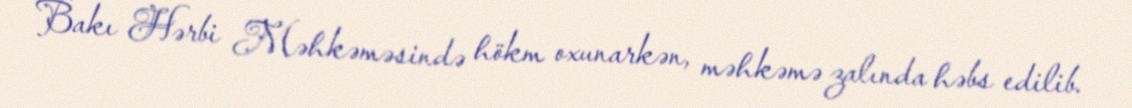
Bakı Hərbi Məhkəməsində hökm oxunarkən, məhkəmə zalında həbs edilib.